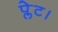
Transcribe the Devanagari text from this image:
प्लेट।